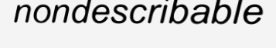
nondescribable